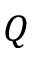
Q